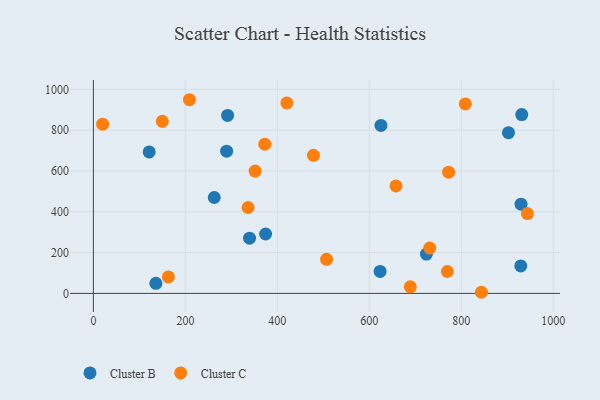
{"axis": {"x": "Investment", "y": "Rating"}, "legend": ["Cluster B", "Cluster C"], "data": [{"x": "929.7", "y": 437.0, "type": "Cluster B"}, {"x": "291.8", "y": 872.3, "type": "Cluster B"}, {"x": "135.9", "y": 49.2, "type": "Cluster B"}, {"x": "374.4", "y": 291.0, "type": "Cluster B"}, {"x": "289.7", "y": 696.8, "type": "Cluster B"}, {"x": "931.3", "y": 876.1, "type": "Cluster B"}, {"x": "902.4", "y": 787.5, "type": "Cluster B"}, {"x": "121.3", "y": 693.1, "type": "Cluster B"}, {"x": "625.2", "y": 823.0, "type": "Cluster B"}, {"x": "929.2", "y": 134.7, "type": "Cluster B"}, {"x": "724.1", "y": 192.7, "type": "Cluster B"}, {"x": "262.8", "y": 470.0, "type": "Cluster B"}, {"x": "623.3", "y": 107.8, "type": "Cluster B"}, {"x": "339.5", "y": 270.4, "type": "Cluster B"}, {"x": "336.3", "y": 420.9, "type": "Cluster C"}, {"x": "420.6", "y": 933.5, "type": "Cluster C"}, {"x": "478.5", "y": 676.6, "type": "Cluster C"}, {"x": "372.7", "y": 731.2, "type": "Cluster C"}, {"x": "20.1", "y": 829.4, "type": "Cluster C"}, {"x": "351.6", "y": 599.4, "type": "Cluster C"}, {"x": "943.5", "y": 390.9, "type": "Cluster C"}, {"x": "769.6", "y": 107.4, "type": "Cluster C"}, {"x": "731.3", "y": 222.3, "type": "Cluster C"}, {"x": "689.0", "y": 32.1, "type": "Cluster C"}, {"x": "808.6", "y": 928.6, "type": "Cluster C"}, {"x": "506.9", "y": 167.2, "type": "Cluster C"}, {"x": "163.0", "y": 80.9, "type": "Cluster C"}, {"x": "657.9", "y": 526.6, "type": "Cluster C"}, {"x": "843.6", "y": 5.5, "type": "Cluster C"}, {"x": "208.9", "y": 949.0, "type": "Cluster C"}, {"x": "149.9", "y": 843.0, "type": "Cluster C"}, {"x": "772.2", "y": 594.0, "type": "Cluster C"}]}